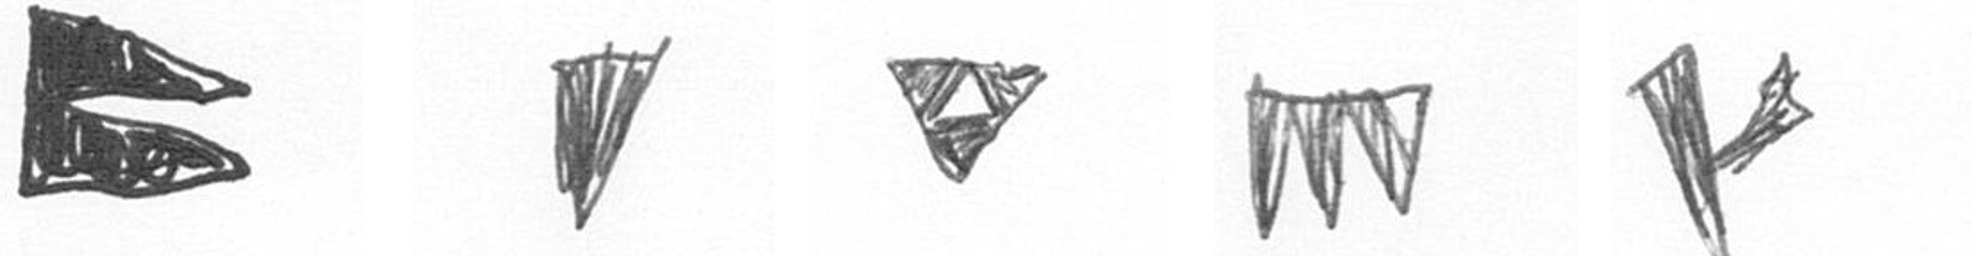
P J S L F